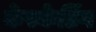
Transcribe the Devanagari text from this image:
केस्केडिंग